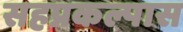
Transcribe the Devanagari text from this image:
सहप्रकल्पास